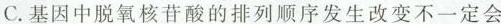
C.基因中脱氧核苷酸的排列顺序发生改变不一定会